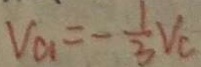
V _ { a } = - \frac { 1 } { 3 } V _ { c }